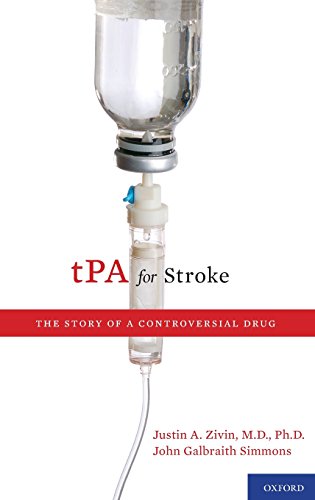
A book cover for tPA for Stroke: The Story of a Controversial Drug; Justin A. Zivin; Health, Fitness & Dieting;